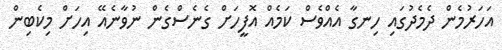
އަހަރުމެން ދެމެދުގައި ހިނގާ އެއްވެސް ކަމެއް އޮފީހަށް ގެނެސްގެން ނުވާނެއޭ އިހަށް މިކެބިން